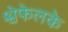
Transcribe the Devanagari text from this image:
श्वेफेलके